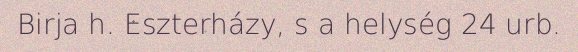
Birja h. Eszterházy, s a helység 24 urb.